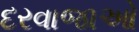
દરવાજાઓ